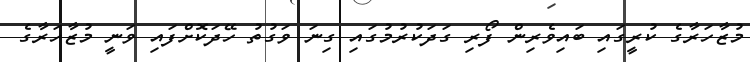
މުޒާހަރާގެ ކުރީގައި ބައިވެރިން ފޯރި ގަދަކުރުމުގައި ގިނަ ވަގުތު ހޭދަކޮށްފައި ވަނީ މުޒާހަރާގެ